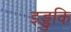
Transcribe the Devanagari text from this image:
इड्डुकि